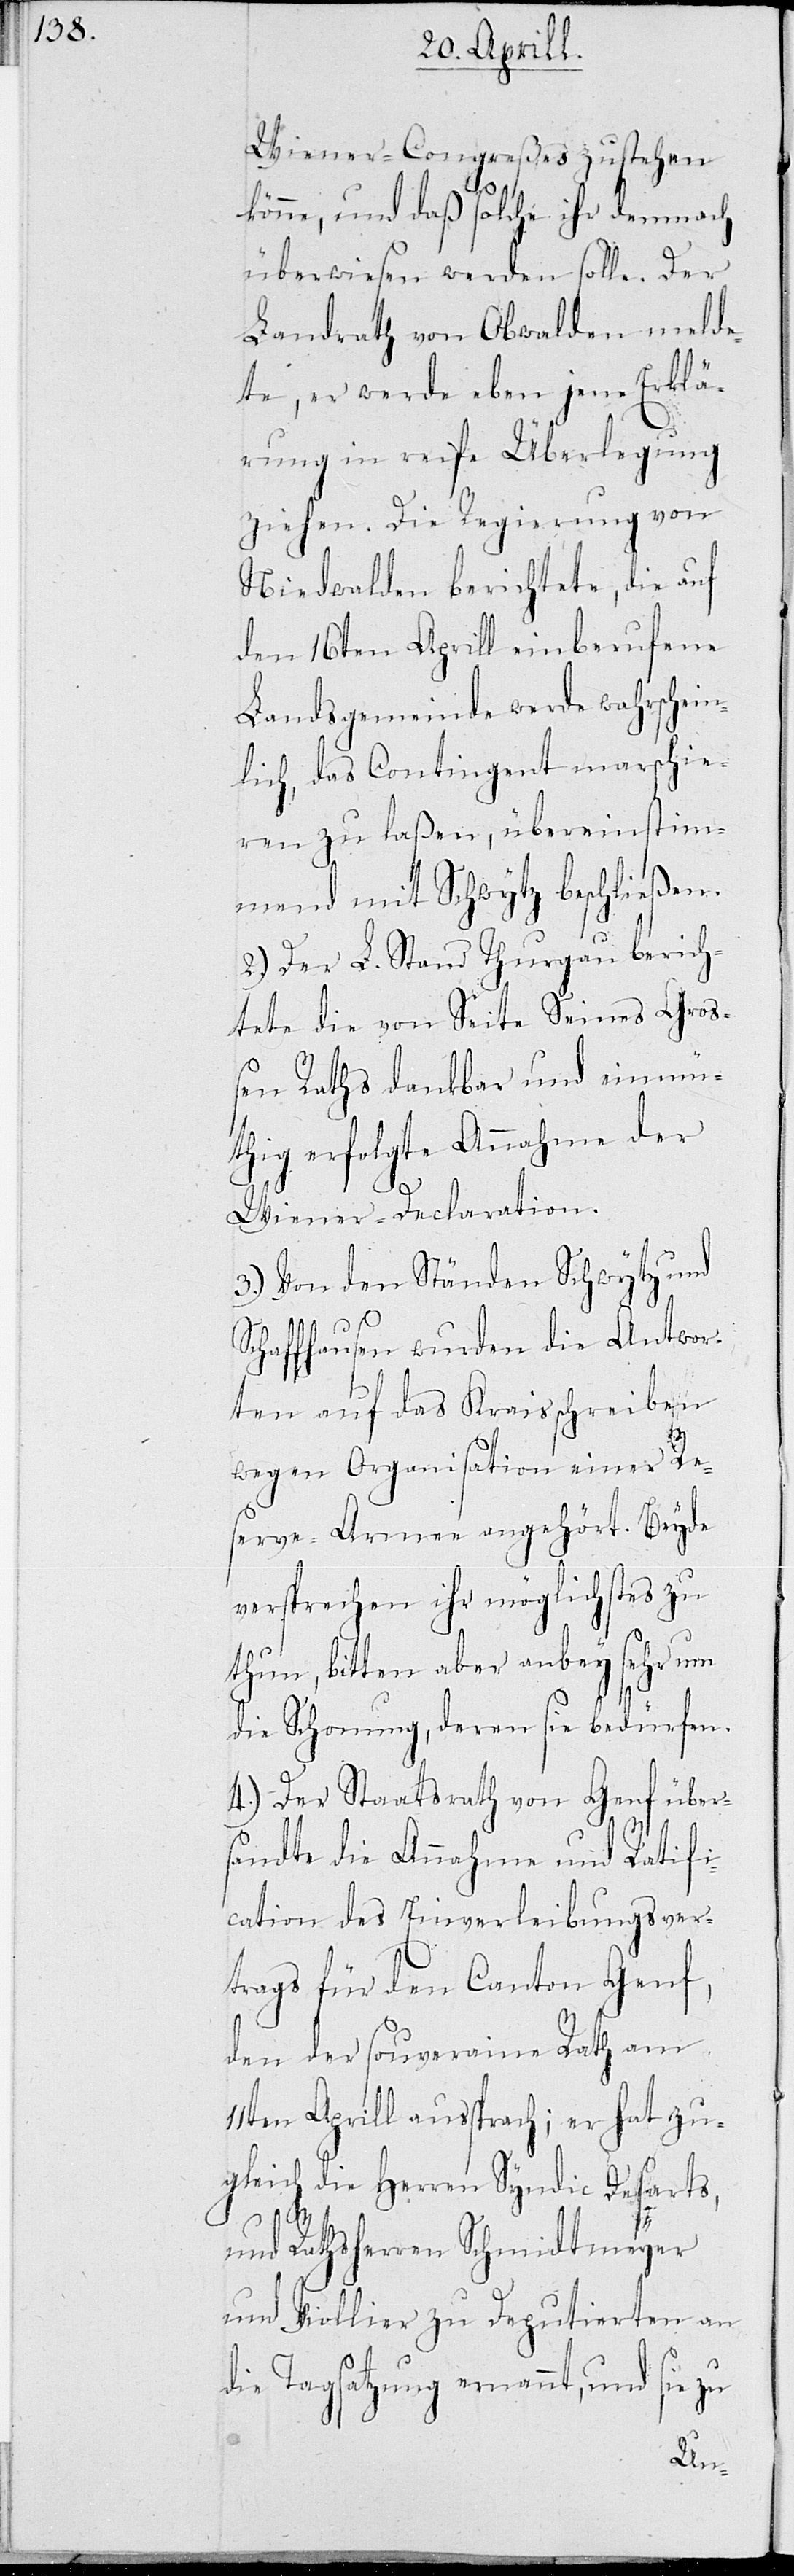
ner-Congreßes zustehen
könne, und daß solche ihr demnach
überwiesen werden solle. Der
Landrath von Obwalden melde¬
te, er werde eben jene Erklä¬
rung in reife Überlegung
ziehen. Die Regierung von
Niedwalden berichtete, die auf
den 16ten Aprill einberufene
Landsgemeinde werde wahrschein¬
lich, das Contingent marschie¬
ren zu laßen, übereinstim¬
mend mit Schwyz beschließen.
2.) Der L. Stand Thurgau berich¬
tete die von Seite Seines Groß¬
en Rathes dankbar und einmü¬
thig erfolgte Annahme der
Wiener-Declaration.
3.) Von den Ständen Schwytz und
Schaffhausen wurden die Antwor¬
ten auf das Kreisschreiben
wegen Organisation einer Res¬
erve-Armee angehört. Beyde
versprechen ihr möglichstes zu
thun, bitten aber anbey sehr um
die Schonung, deren sie bedürfen.
4.) Der Staatsrath von Genf über¬
sandte die Annahme und Ratifi¬
cation des Einverleibungsver¬
trags für den Canton Genf,
den der souveraine Rath am
11ten Aprill aussprach; er hat zu¬
gleich die Herren Syndic Desarts,
und Rathsherren Schmidtmeyer
und Viollier zu Deputierten an
die Tagsatzung ernannt, und sie zu